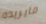
مايريده